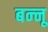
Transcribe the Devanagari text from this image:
बन्‍नू